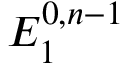
E _ { 1 } ^ { 0 , n - 1 }